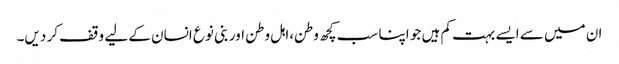
ان میں سے ایسے بہت کم ہیں جو اپنا سب کچھ وطن،اہل وطن اور بنی نوع انسان کے لیے وقف کر دیں۔